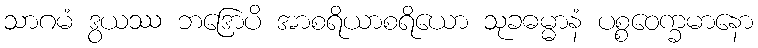
သာဂမံ ဒွယဿ ဘဒြောပိ အာစရိယာစရိယော သုခဓမ္မာနံ ပစ္စဝေက္ခမာနော